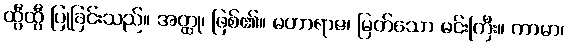
ထွီထွီ ပြုခြင်းသည်။ အတ္ထု၊ ဖြစ်၏။ မဟာရာဇ၊ မြတ်သော မင်းကြီး။ ကာမာ၊